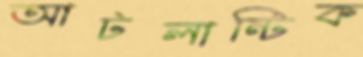
আটলান্টিক